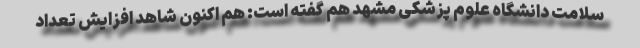
سلامت دانشگاه علوم پزشکی مشهد هم گفته است: هم اکنون شاهد افزایش تعداد